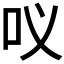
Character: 𭇀